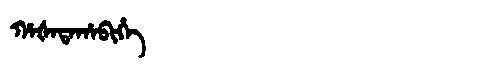
Manchu: ᡥᠠᡧᠠᡨᠠᡥᠠᠪᡳᡥᡝ
Romanization: HAŠATAHABIHE